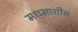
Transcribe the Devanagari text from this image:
मधमाशीस